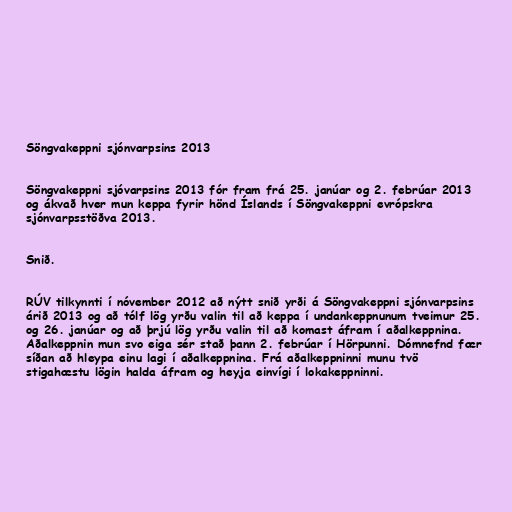
Söngvakeppni sjónvarpsins 2013

Söngvakeppni sjóvarpsins 2013 fór fram frá 25. janúar og 2. febrúar 2013
og ákvað hver mun keppa fyrir hönd Íslands í Söngvakeppni evrópskra
sjónvarpsstöðva 2013.

Snið.

RÚV tilkynnti í nóvember 2012 að nýtt snið yrði á Söngvakeppni sjónvarpsins
árið 2013 og að tólf lög yrðu valin til að keppa í undankeppnunum tveimur 25.
og 26. janúar og að þrjú lög yrðu valin til að komast áfram í aðalkeppnina.
Aðalkeppnin mun svo eiga sér stað þann 2. febrúar í Hörpunni. Dómnefnd fær
síðan að hleypa einu lagi í aðalkeppnina. Frá aðalkeppninni munu tvö
stigahæstu lögin halda áfram og heyja einvígi í lokakeppninni.